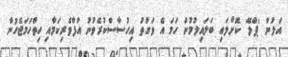
އަލުން 'ޕްލޭ' ކޮށްލައި ބަލައިލުމުން ހަމަ އެ ވަގުތު އިހުސާސްކުރެވުނު އުފާވެރިކަމާއި ހިތްހަމަޖެހުން